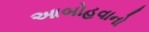
આબોહવાનો